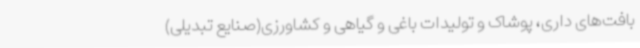
بافت‌های داری، پوشاک و تولیدات باغی و گیاهی و کشاورزی(صنایع تبدیلی)